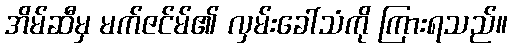
အိမ်ဆီမှ မက်ဇင်မ်၏ လှမ်းခေါ်သံကို ကြားရသည်။